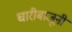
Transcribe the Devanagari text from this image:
चारीबाजूनी